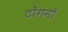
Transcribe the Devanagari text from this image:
टोंगनों